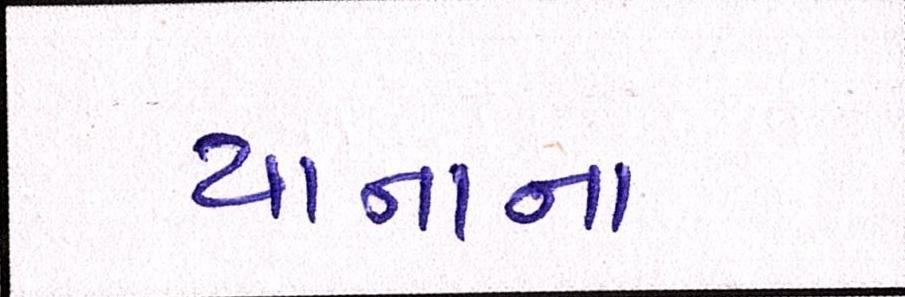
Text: યાનાના